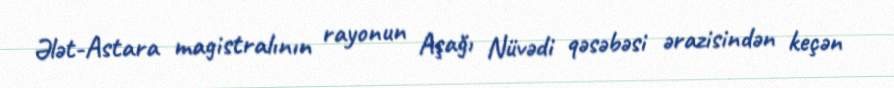
Ələt-Astara magistralının rayonun Aşağı Nüvədi qəsəbəsi ərazisindən keçən